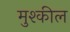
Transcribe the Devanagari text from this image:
मुश्कील